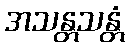
အသန္တသန္တံ